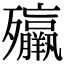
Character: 㱻